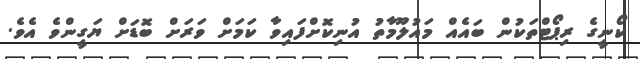
ކޯނީގެ ރިޕޯޓްތަކުން ބައެއް މައުލޫމާތު އުނިކޮށްފައިވާ ކަމަށް ވަރަށް ބޮޑަށް ޔަގީންވެ އެވެ.